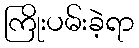
ကြိုးပမ်းခဲ့ရာ